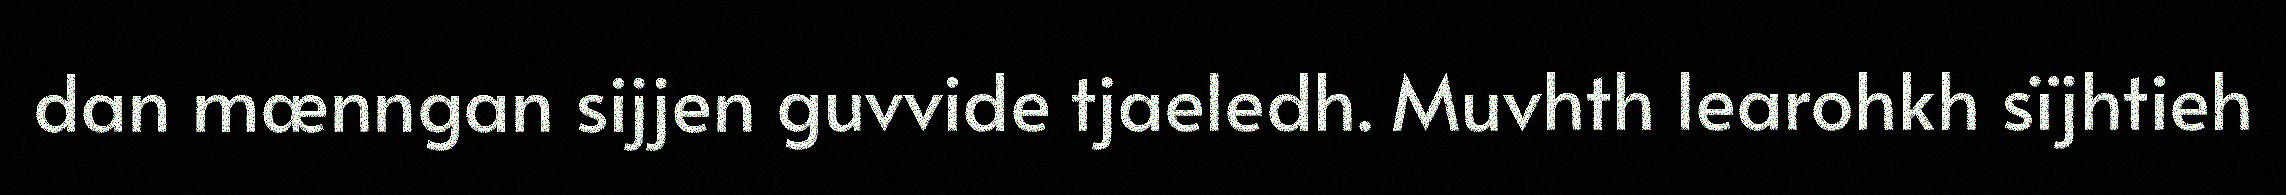
dan mænngan sijjen guvvide tjaeledh. Muvhth learohkh sïjhtieh